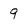
Character: 9